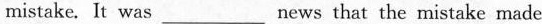
mistake. It was_news that the mistake made